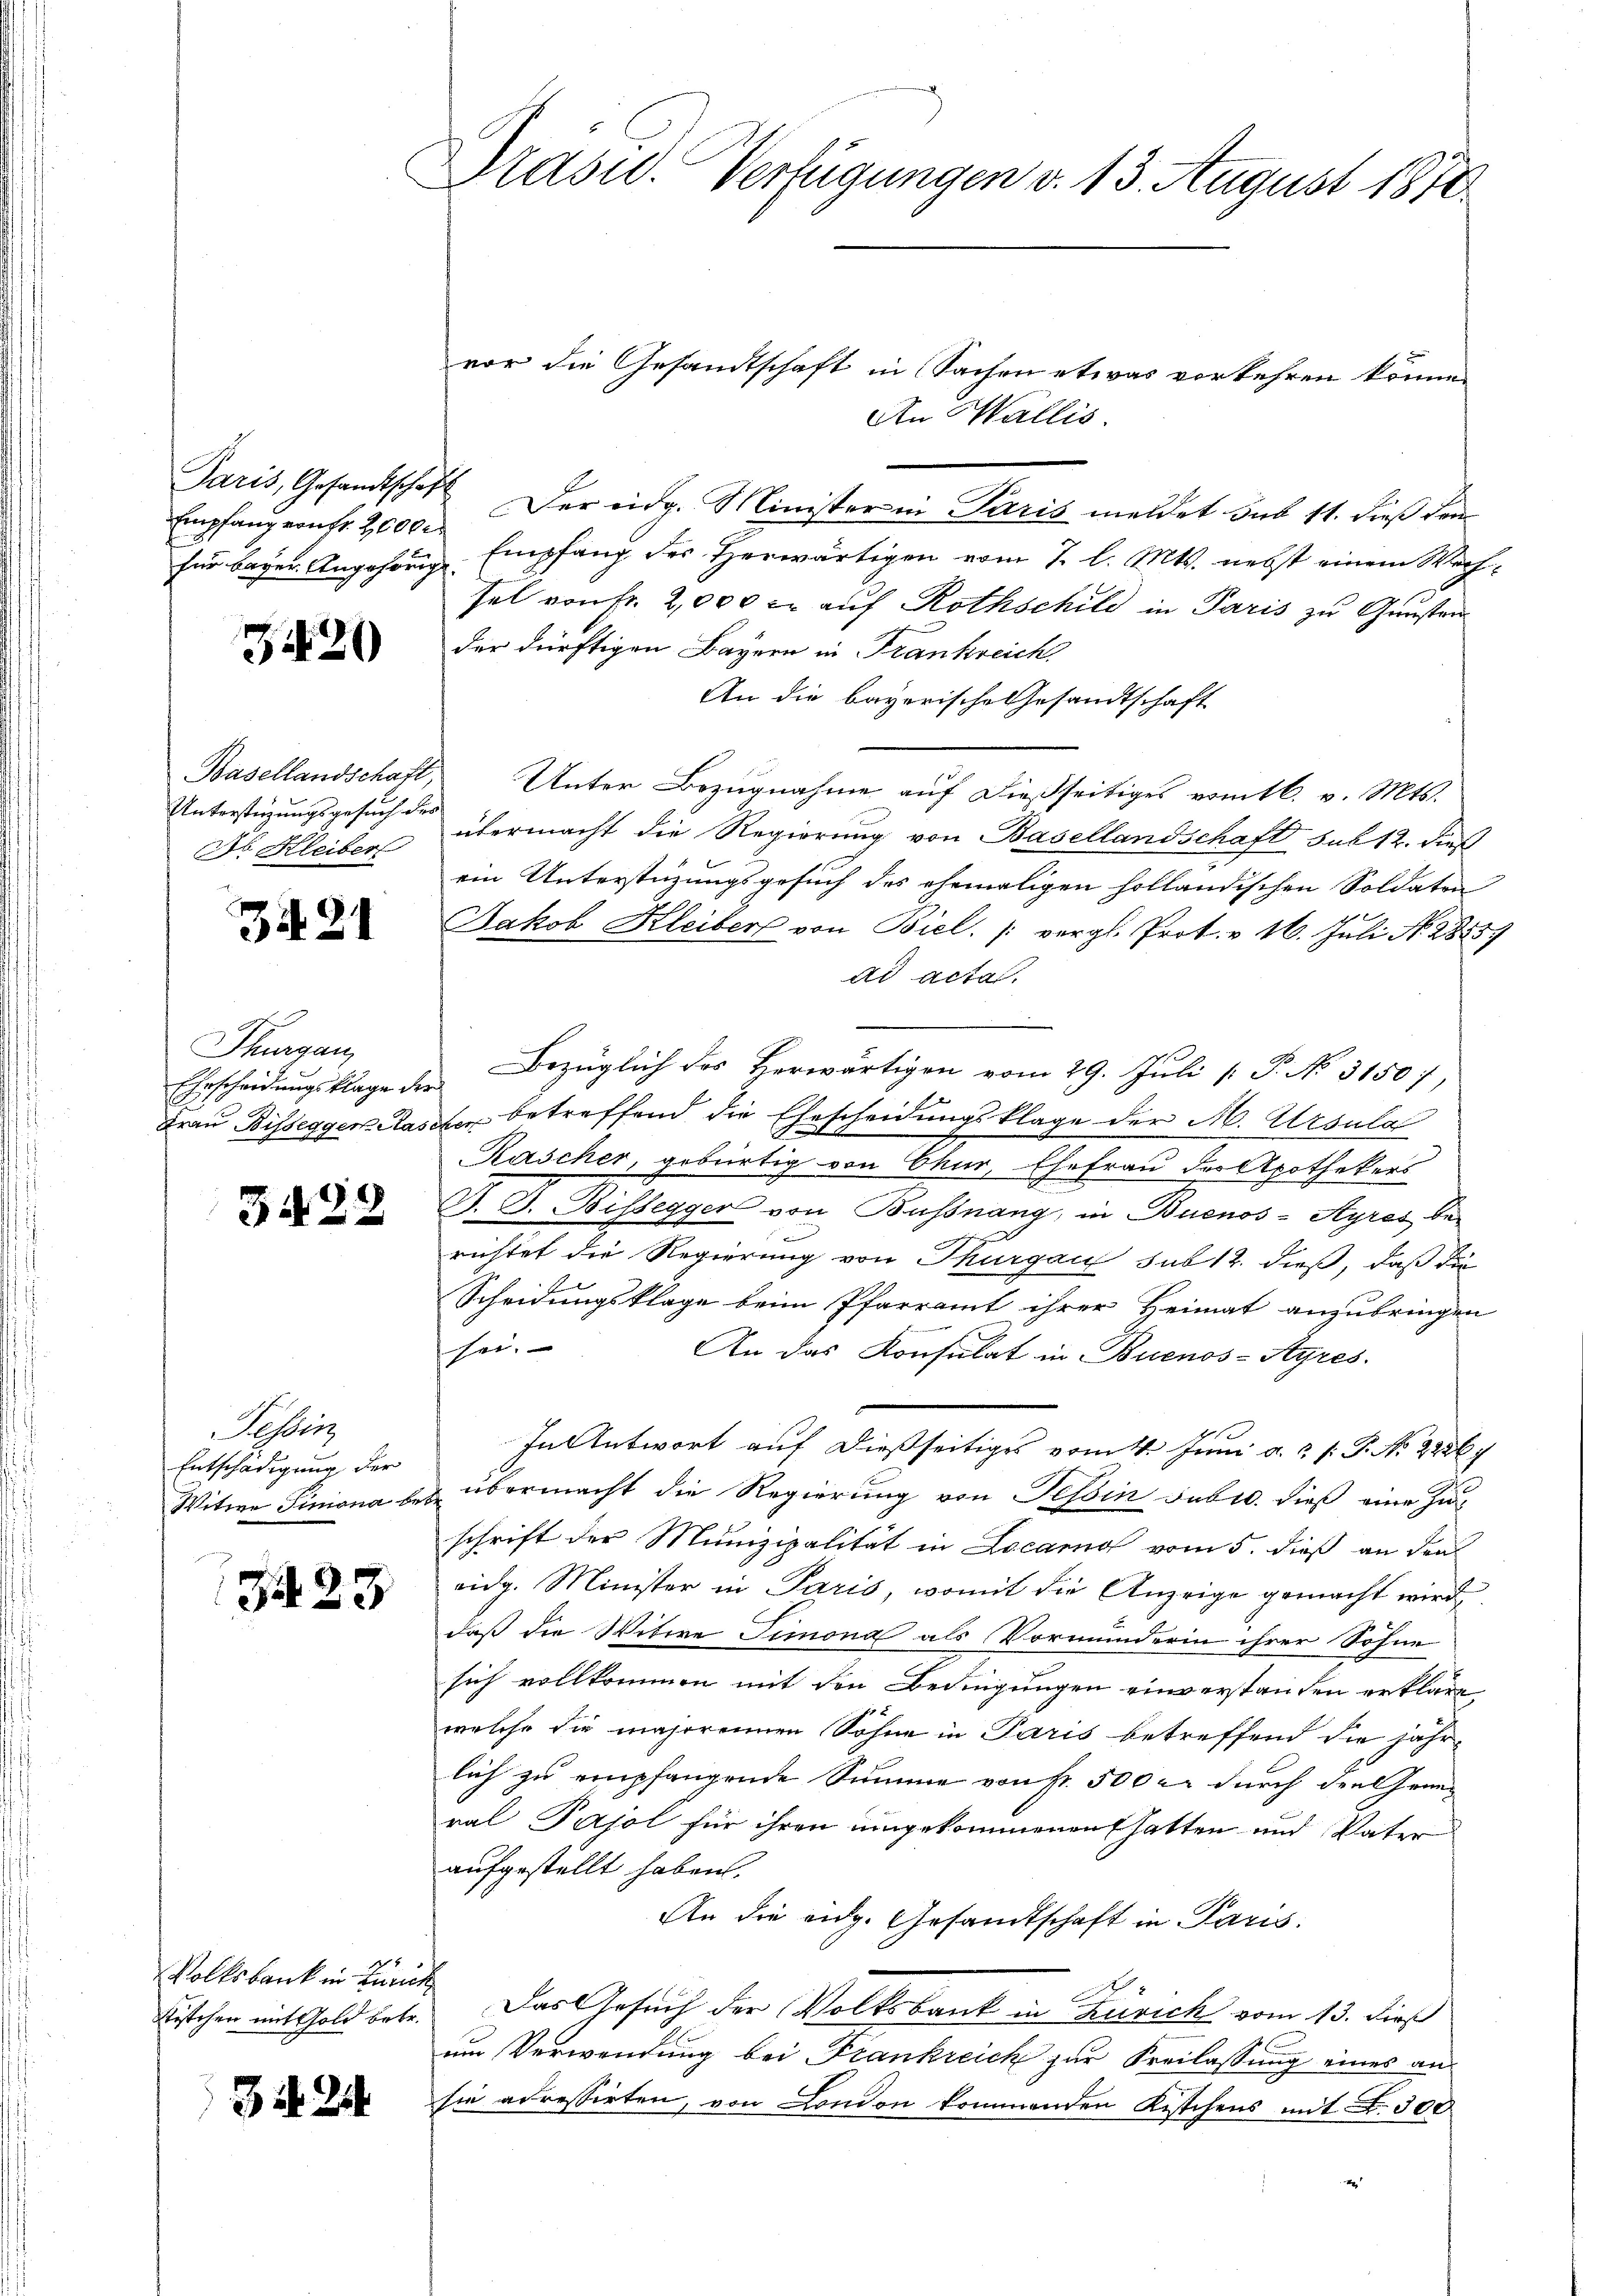
Empfang von fr. 2000

342

Basellandschaft,
Unterstüzungsgesuch des
Ob Kleiber

3

Thurgau,
Ehrscheidungsklage der
Frau Bissegger Klase

3429

Tessin
Entschädigung der
Witwe Simona bei.

3423

Volksbank in Zürich
Kistchen mit Gold betr.

3i 244

rasid. Verfügungen d. 13. August 1870

f

vor die Gesandtschaft in Sachen etwas vorkehren könne.
An Wallis.
Paris, Gesandtschaft der eidg. Minister in Paris meldet sub 11. dieß dem
für beym Angehörige Empfang des Herwärtigen vom 7. l. Mts. nebst einem Wechsel von Fr. 2,000 c. auf Rothschild in Paris zu Gunsten
der dürftigen Bayern in Frankreich.
An die bayerische Gesandtschaft
Unter Bezugnahme auf dießseitiges vom 16. v. Mts.
übermacht die Regierung von Basellandschaft sub 12. Dies
ein Unterstüzungsgesuch des ehemaligen holländischen Soldaten
Jakob Kleiber von Biel. (vergl. Prot. v. 16. Juli N. 28557
ad acta.
Bezüglich des Herwärtigen vom 29. Juli [ P. No. 31507,
te betreffend die Ehescheidungsklage der M. Ursula
Kascher, gebürtig von Chur, Ehefrau der Apothekers
D. J. Bissegger von Bussnang, in Buenos-Ayres berichtet die Regierung von Thurgau sub 12. dieß, daß die
Scheidungsklage beim Pfarramt ihrer Heimat anzubringen
sei.
An das Konsulat in Buenos-Ayres.
In Antwort auf dießseitiges vom 4. Juni a. ..  P. No 2236.
übermacht die Regierung von Tessin subel. dieß eine Zu-
schrift der Munizipalität in Locarno vom 5. dieß an den
vidg. Minister in Paris, womit die Anzeige gemacht wird,
daß die Witwe Timona als Vormunderin ihrer Sohne
sich vollkommen mit den Bedingungen einverstanden erkläre,
welche die majorennen Söhne in Paris betreffend die jähr-
lich zu empfangende Summe von Fr. 500 xr durch den Grünral Pajol für ihren umgekommenen hatten und Vater
aufgestellt haben.
An die eidg. Gesandtschaft in Paris.
A
Das Gesuch der Volksbank in Zusich vom 13. dieß
um Verwendung bei Frankreich zur Freilassung eines an-
sie adressirten, von London kommenden Kistchens mit F. 300
2